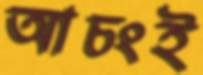
আচংই